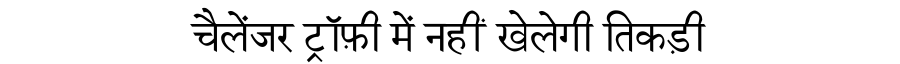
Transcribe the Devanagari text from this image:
चैलेंजर ट्रॉफ़ी में नहीं खेलेगी तिकड़ी